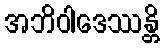
အဘိဝါဒေဿန္တိ